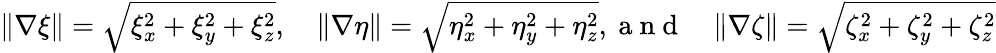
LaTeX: \begin{array}{l}{\| \nabla\xi\| =\sqrt{\xi_{x}^{2}+\xi_{y}^{2}+\xi_{z}^{2}},\quad\| \nabla\eta\| =\sqrt{\eta_{x}^{2}+\eta_{y}^{2}+\eta_{z}^{2}},\mathrm{~a~n~d~}\quad\| \nabla\zeta\| =\sqrt{\zeta_{x}^{2}+\zeta_{y}^{2}+\zeta_{z}^{2}}}\end{array}